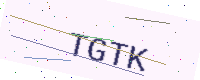
Text: TGTK